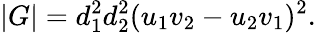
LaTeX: |G|=d_{1}^{2}d_{2}^{2}(u_{1}v_{2}-u_{2}v_{1})^{2}.